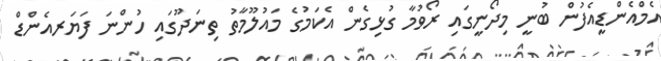
އެމްއެންޑީއެފުން ބުނީ މިދޯނީގައި ރޯވުމާ ގުޅިގެން އެކަމުގެ މައުލޫމާތު ތިނަދޫގައި ހުންނަ ފަޔަރއެންޑް